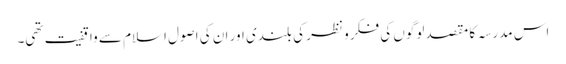
اس مدرسہ کا مقصد لوگوں کی فکر و نظر کی بلندی اور ان کی اصول اسلام سے واقفیت تھی۔